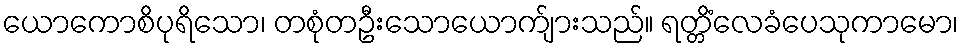
ယောကောစိပုရိသော၊ တစုံတဦးသောယောက်ျားသည်။ ရတ္တိံလေခံပေသုကာမော၊